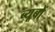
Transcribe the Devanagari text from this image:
ब्यूबों